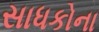
સાધકોના